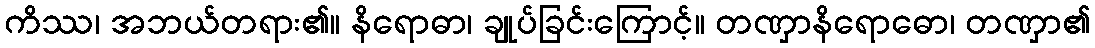
ကိဿ၊ အဘယ်တရား၏။ နိရောဓာ၊ ချုပ်ခြင်းကြောင့်။ တဏှာနိရောဓော၊ တဏှာ၏